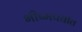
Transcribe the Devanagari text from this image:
भीष्मपर्वात